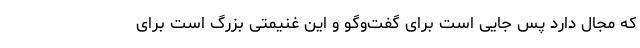
که مجال دارد پس جایی است برای گفت‌و‌گو و این غنیمتی بزرگ است برای